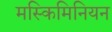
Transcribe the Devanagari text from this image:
मस्किमिनियन